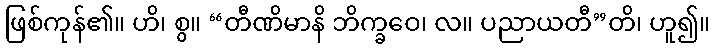
ဖြစ်ကုန်၏။ ဟိ၊ စွ။ “တီဏိမာနိ ဘိက္ခဝေ၊ လ။ ပညာယတီ”တိ၊ ဟူ၍။